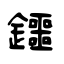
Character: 鑩